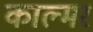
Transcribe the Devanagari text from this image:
काल्मर